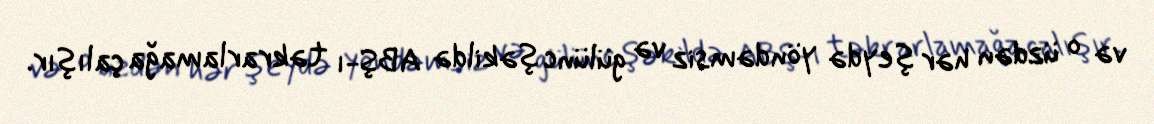
və o üzdən hər şeydə yöndəmsiz və gülünc şəkildə ABŞ-ı təkrarlamağa çalışır.